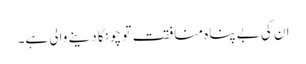
ان کی بے پناہ منافقت تو چونکا دینے والی ہے۔